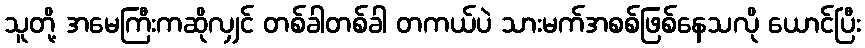
သူတို့ အမေကြီးကဆိုလျှင် တစ်ခါတစ်ခါ တကယ်ပဲ သားမက်အစစ်ဖြစ်နေသလို ယောင်ပြီး